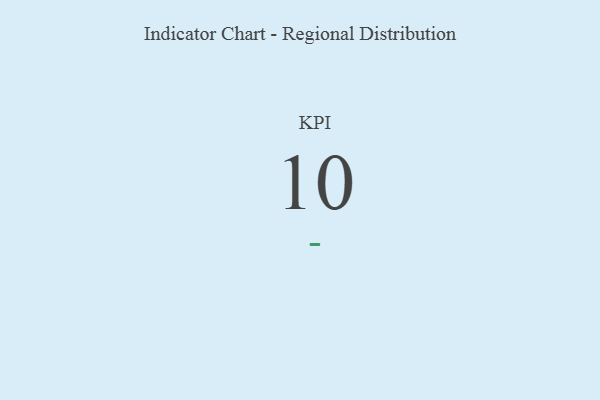
{"axis": {"x": "KPI", "y": "Value"}, "legend": [""], "data": [{"x": "KPI", "y": 10, "type": ""}]}